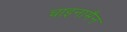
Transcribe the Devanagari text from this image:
चाइनामैन